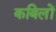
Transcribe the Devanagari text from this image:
कबिलों